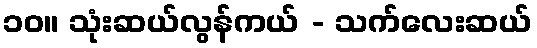
၁၀။ သုံးဆယ်လွန်ကယ် - သက်လေးဆယ်